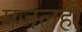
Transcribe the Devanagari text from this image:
मजलही